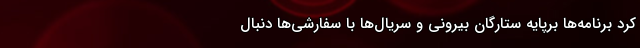
کرد برنامه‌ها برپایه ستارگان بیرونی و سریال‌ها با سفارشی‌ها دنبال